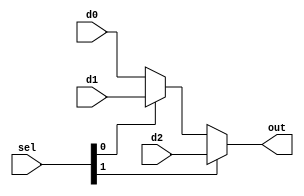
`timescale 1ns / 1ps

module Mux3
#(parameter WIDTH = 8)
(
	input [WIDTH-1:0] d0,d1,d2,
	input [1:0]		  sel,
	
	output[WIDTH-1:0] out
);

assign #1 out = sel[1] ? d2 : (sel[0] ? d1 : d0);

endmodule